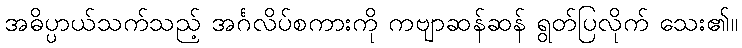
အဓိပ္ပာယ်သက်သည့် အင်္ဂလိပ်စကားကို ကဗျာဆန်ဆန် ရွတ်ပြလိုက် သေး၏။